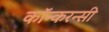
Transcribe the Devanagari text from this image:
कॉन्करन्सी